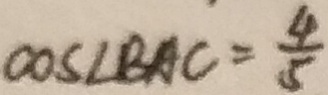
\cos \angle B A C = \frac { 4 } { 5 }